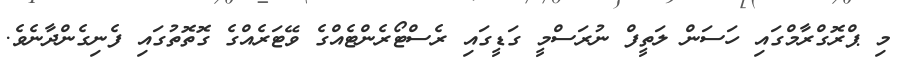
މި ޕްރޮގްރާމްގައި ހަސަން ލަތީފް ނުރަސްމީ ގަޑީގައި ރެސްޓޯރެންޓެއްގެ ވޭޓަރެއްގެ ގޮތޮތުގައި ފެނިގެންދާނެވެ.